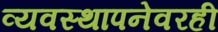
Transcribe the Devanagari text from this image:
व्यवस्थापनेवरही